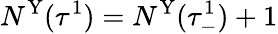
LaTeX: N^{\mathrm{Y}}(\tau^{1})=N^{\mathrm{Y}}(\tau_{-}^{1})+1